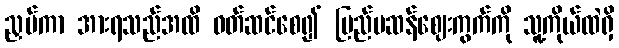
ညှပ်ကာ အားရသည်အထိ ဝတ်ဆင်စေ၍ ပြည်ပဆန်ဈေးကွက်ကို သူ့ကိုယ်ထဲရှိ